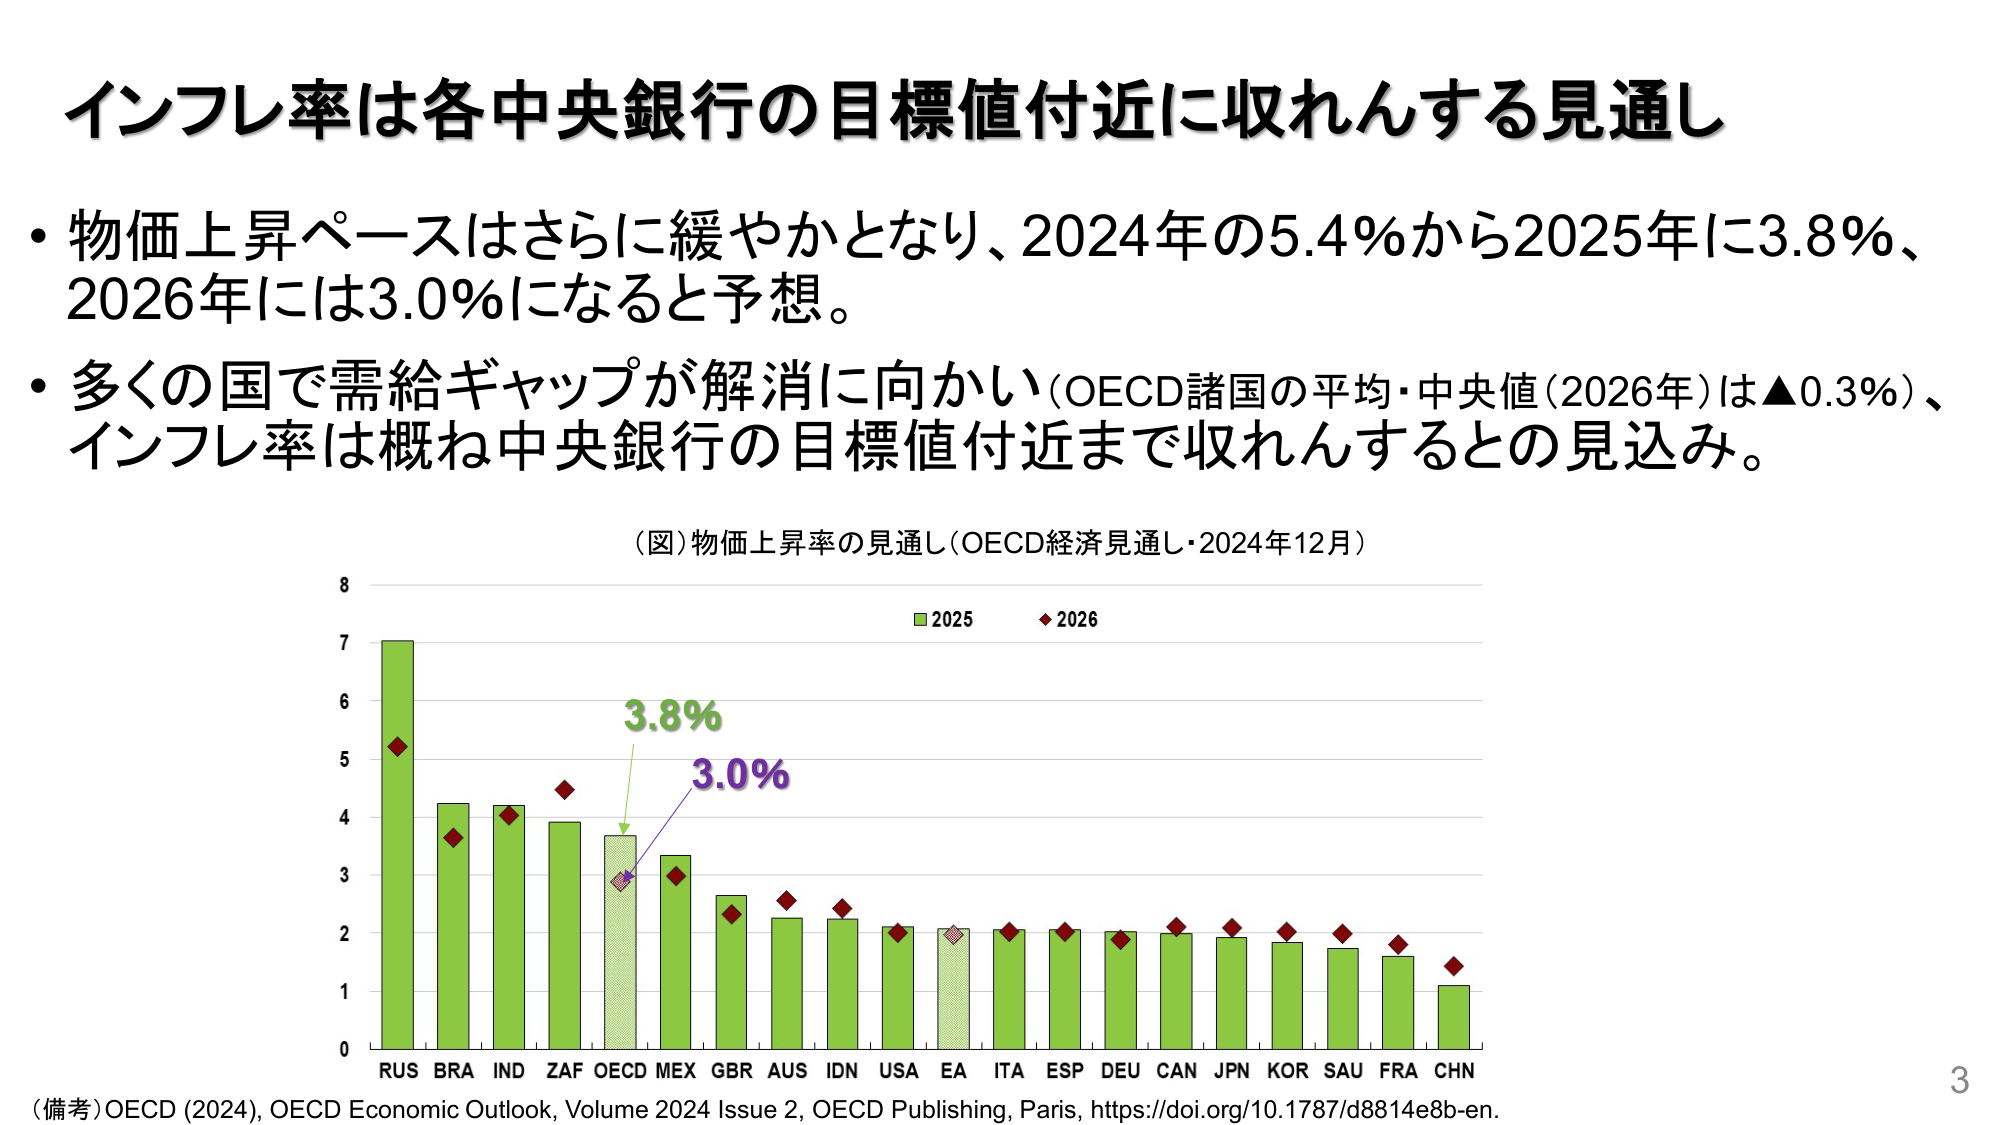
インフレ率は各中央銀行の目標値付近に収れんする見通し

・物価上昇ペースはさらに緩やかとなり、2024年の5.4％から2025年に3.8％、2026年には3.0％になると予想。

・多くの国で需給ギャップが解消に向かい（OECD諸国の平均・中央値（2026年）は▲0.3％）、インフレ率は概ね中央銀行の目標値付近まで収れんするとの見込み。

（図）物価上昇率の見通し（OECD経済見通し・2024年12月）

2025
2026

3.8%
3.0%

RUS BRA IND ZAF OECD MEX GBR AUS IDN USA EA ITA ESP DEU CAN JPN KOR SAU FRA CHN

（備考）OECD (2024), OECD Economic Outlook, Volume 2024 Issue 2, OECD Publishing, Paris, https://doi.org/10.1787/d8814e8b-en.

3